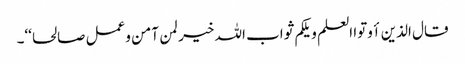
قال الذین أوتوا العلم ویلکم ثواب اللہ خیر لمن آمن وعمل صالحا‘‘۔